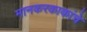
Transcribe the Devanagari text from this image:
मानकरकाकांचे